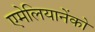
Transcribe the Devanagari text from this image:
एमेलियानेंको